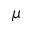
\mu